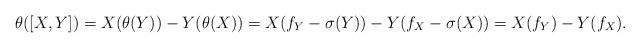
LaTeX: \begin{align*}\theta([X,Y])=X(\theta(Y))-Y(\theta(X))=X(f_Y-\sigma(Y))-Y(f_X-\sigma(X))=X(f_Y)-Y(f_X).\end{align*}